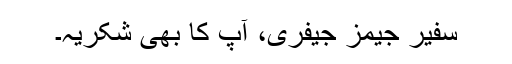
سفیر جیمز جیفری، آپ کا بھی شکریہ۔